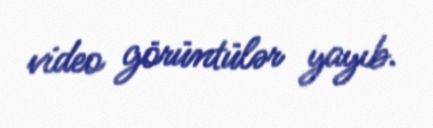
video görüntülər yayıb.